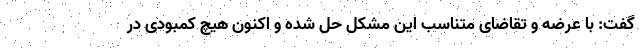
گفت: با عرضه و تقاضای متناسب این مشکل حل شده و اکنون هیچ کمبودی در